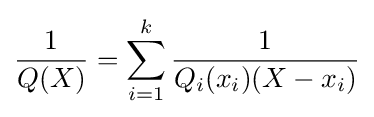
{\frac {1}{Q(X)}}=\sum _{i=1}^{k}{\frac {1}{Q_{i}(x_{i})(X-x_{i})}}